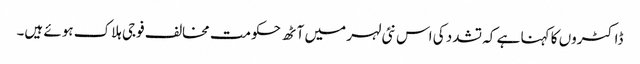
ڈاکٹروں کا کہنا ہے کہ تشدد کی اس نئی لہر میں آٹھ حکومت مخالف فوجی ہلاک ہوئے ہیں۔